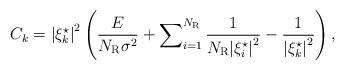
LaTeX: \begin{align*} {C_k} = {\left| {\xi _k^\star } \right|^2}\left( {\frac{E}{{{N_{\rm{R}}}{\sigma ^2}}} + \sum\nolimits_{i = 1}^{{N_{\rm{R}}}} {\frac{1}{{{N_{\rm{R}}}{{\left| {\xi _i^\star } \right|}^2}}}} - \frac{1}{{{{\left| {\xi _k^\star } \right|}^2}}}} \right),\end{align*}